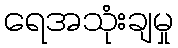
ရေအသုံးချမှု